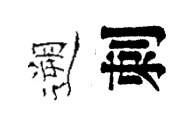
遡刺